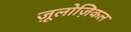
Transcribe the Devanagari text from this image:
ज़ूलोज़िकल